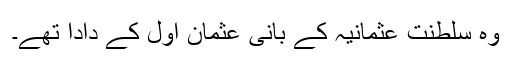
وہ سلطنت عثمانیہ کے بانی عثمان اول کے دادا تھے۔